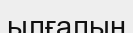
ылғалын